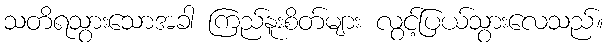
သတိရသွားသောအခါ ကြည်နူးစိတ်များ လွင့်ပြယ်သွားလေသည်။